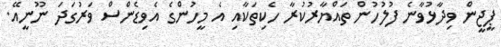
ޕީޖީން ވިދާޅުވާނެ ފުލުހުން ތައްޔާރުކުރާ ހެކިތަކާއި އެ މީހުންގެ އެވިޑެންސް ވަރުގަދަ ނޫނީއޭ.